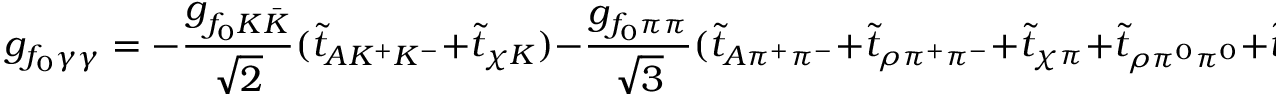
g _ { f _ { 0 } \gamma \gamma } = - \frac { g _ { f _ { 0 } K \bar { K } } } { \sqrt { 2 } } ( \tilde { t } _ { A K ^ { + } K ^ { - } } + \tilde { t } _ { \chi K } ) - \frac { g _ { f _ { 0 } \pi \pi } } { \sqrt { 3 } } ( \tilde { t } _ { A \pi ^ { + } \pi ^ { - } } + \tilde { t } _ { \rho \pi ^ { + } \pi ^ { - } } + \tilde { t } _ { \chi \pi } + \tilde { t } _ { \rho \pi ^ { 0 } \pi ^ { 0 } } + \tilde { t } _ { \omega \pi ^ { 0 } \pi ^ { 0 } } )